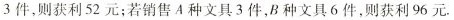
3 件，则获利 52 元；若销售 A 种文具 3 件，B 种文具 6 件，则获利 96 元.